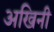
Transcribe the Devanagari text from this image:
अखिनी